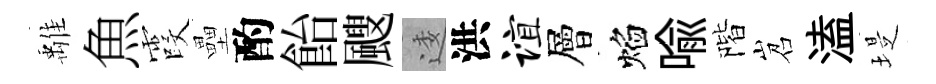
𩀌魚霞壘酌飴颼逶洪谊層焰喻階岧溘堤